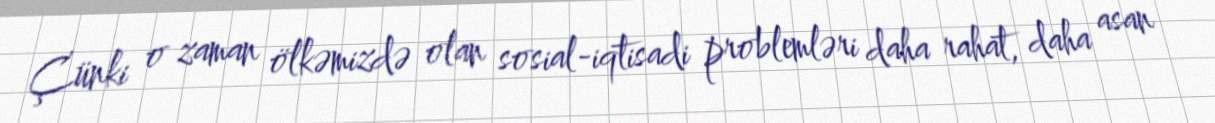
Çünki o zaman ölkəmizdə olan sosial-iqtisadi problemləri daha rahat, daha asan